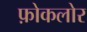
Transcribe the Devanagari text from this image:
फ़ोकलोर